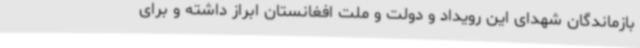
بازماندگان شهدای این رویداد و دولت و ملت افغانستان ابراز داشته و برای